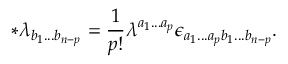
\ast \lambda _ { b _ { 1 } . . . b _ { n - p } } = \frac 1 { p ! } \lambda ^ { a _ { 1 } . . . a _ { p } } \epsilon _ { a _ { 1 } . . . a _ { p } b _ { 1 } . . . b _ { n - p } } .